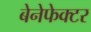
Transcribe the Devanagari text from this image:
बेनेफेक्टर